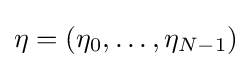
\eta =(\eta _{0},\dots ,\eta _{N-1})